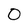
Character: 0